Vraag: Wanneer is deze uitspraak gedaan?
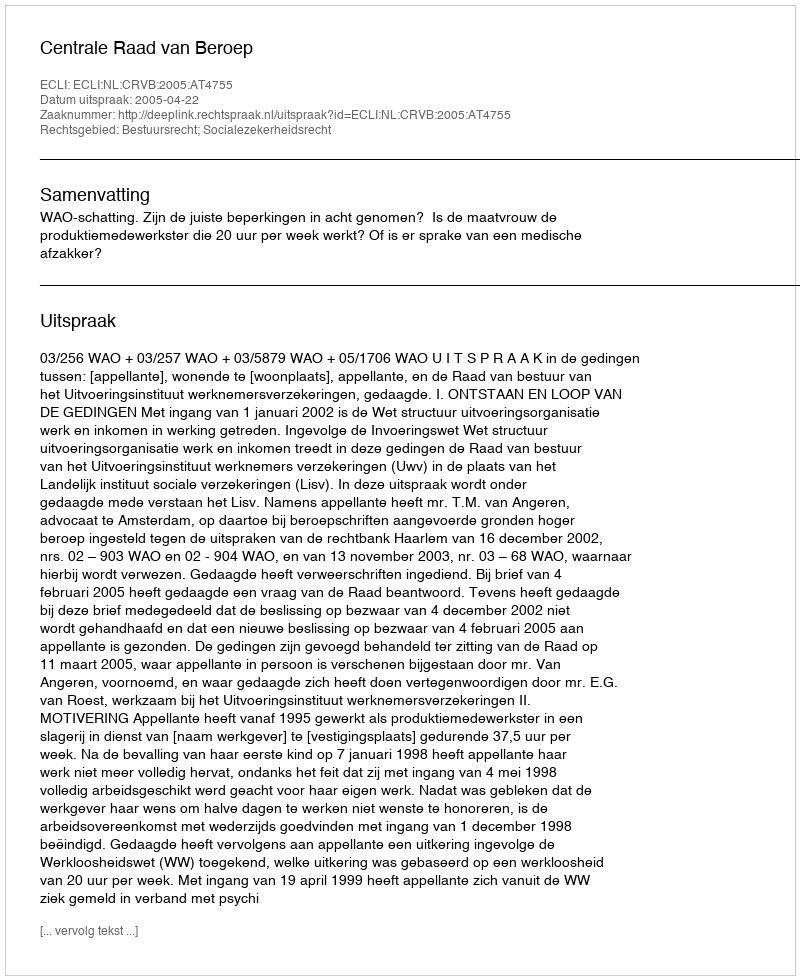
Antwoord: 2005-04-22